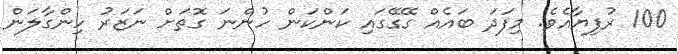
100 ރުފިޔާއެވެ. މިފަދަ ބައެއް ގޭގޭގައި ކަންކަން ހުންނަ ގޮތަށް ނަޒަރު ހިންގާލަން